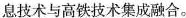
息技术与高铁技术集成融合。